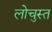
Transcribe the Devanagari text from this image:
लोचुस्त